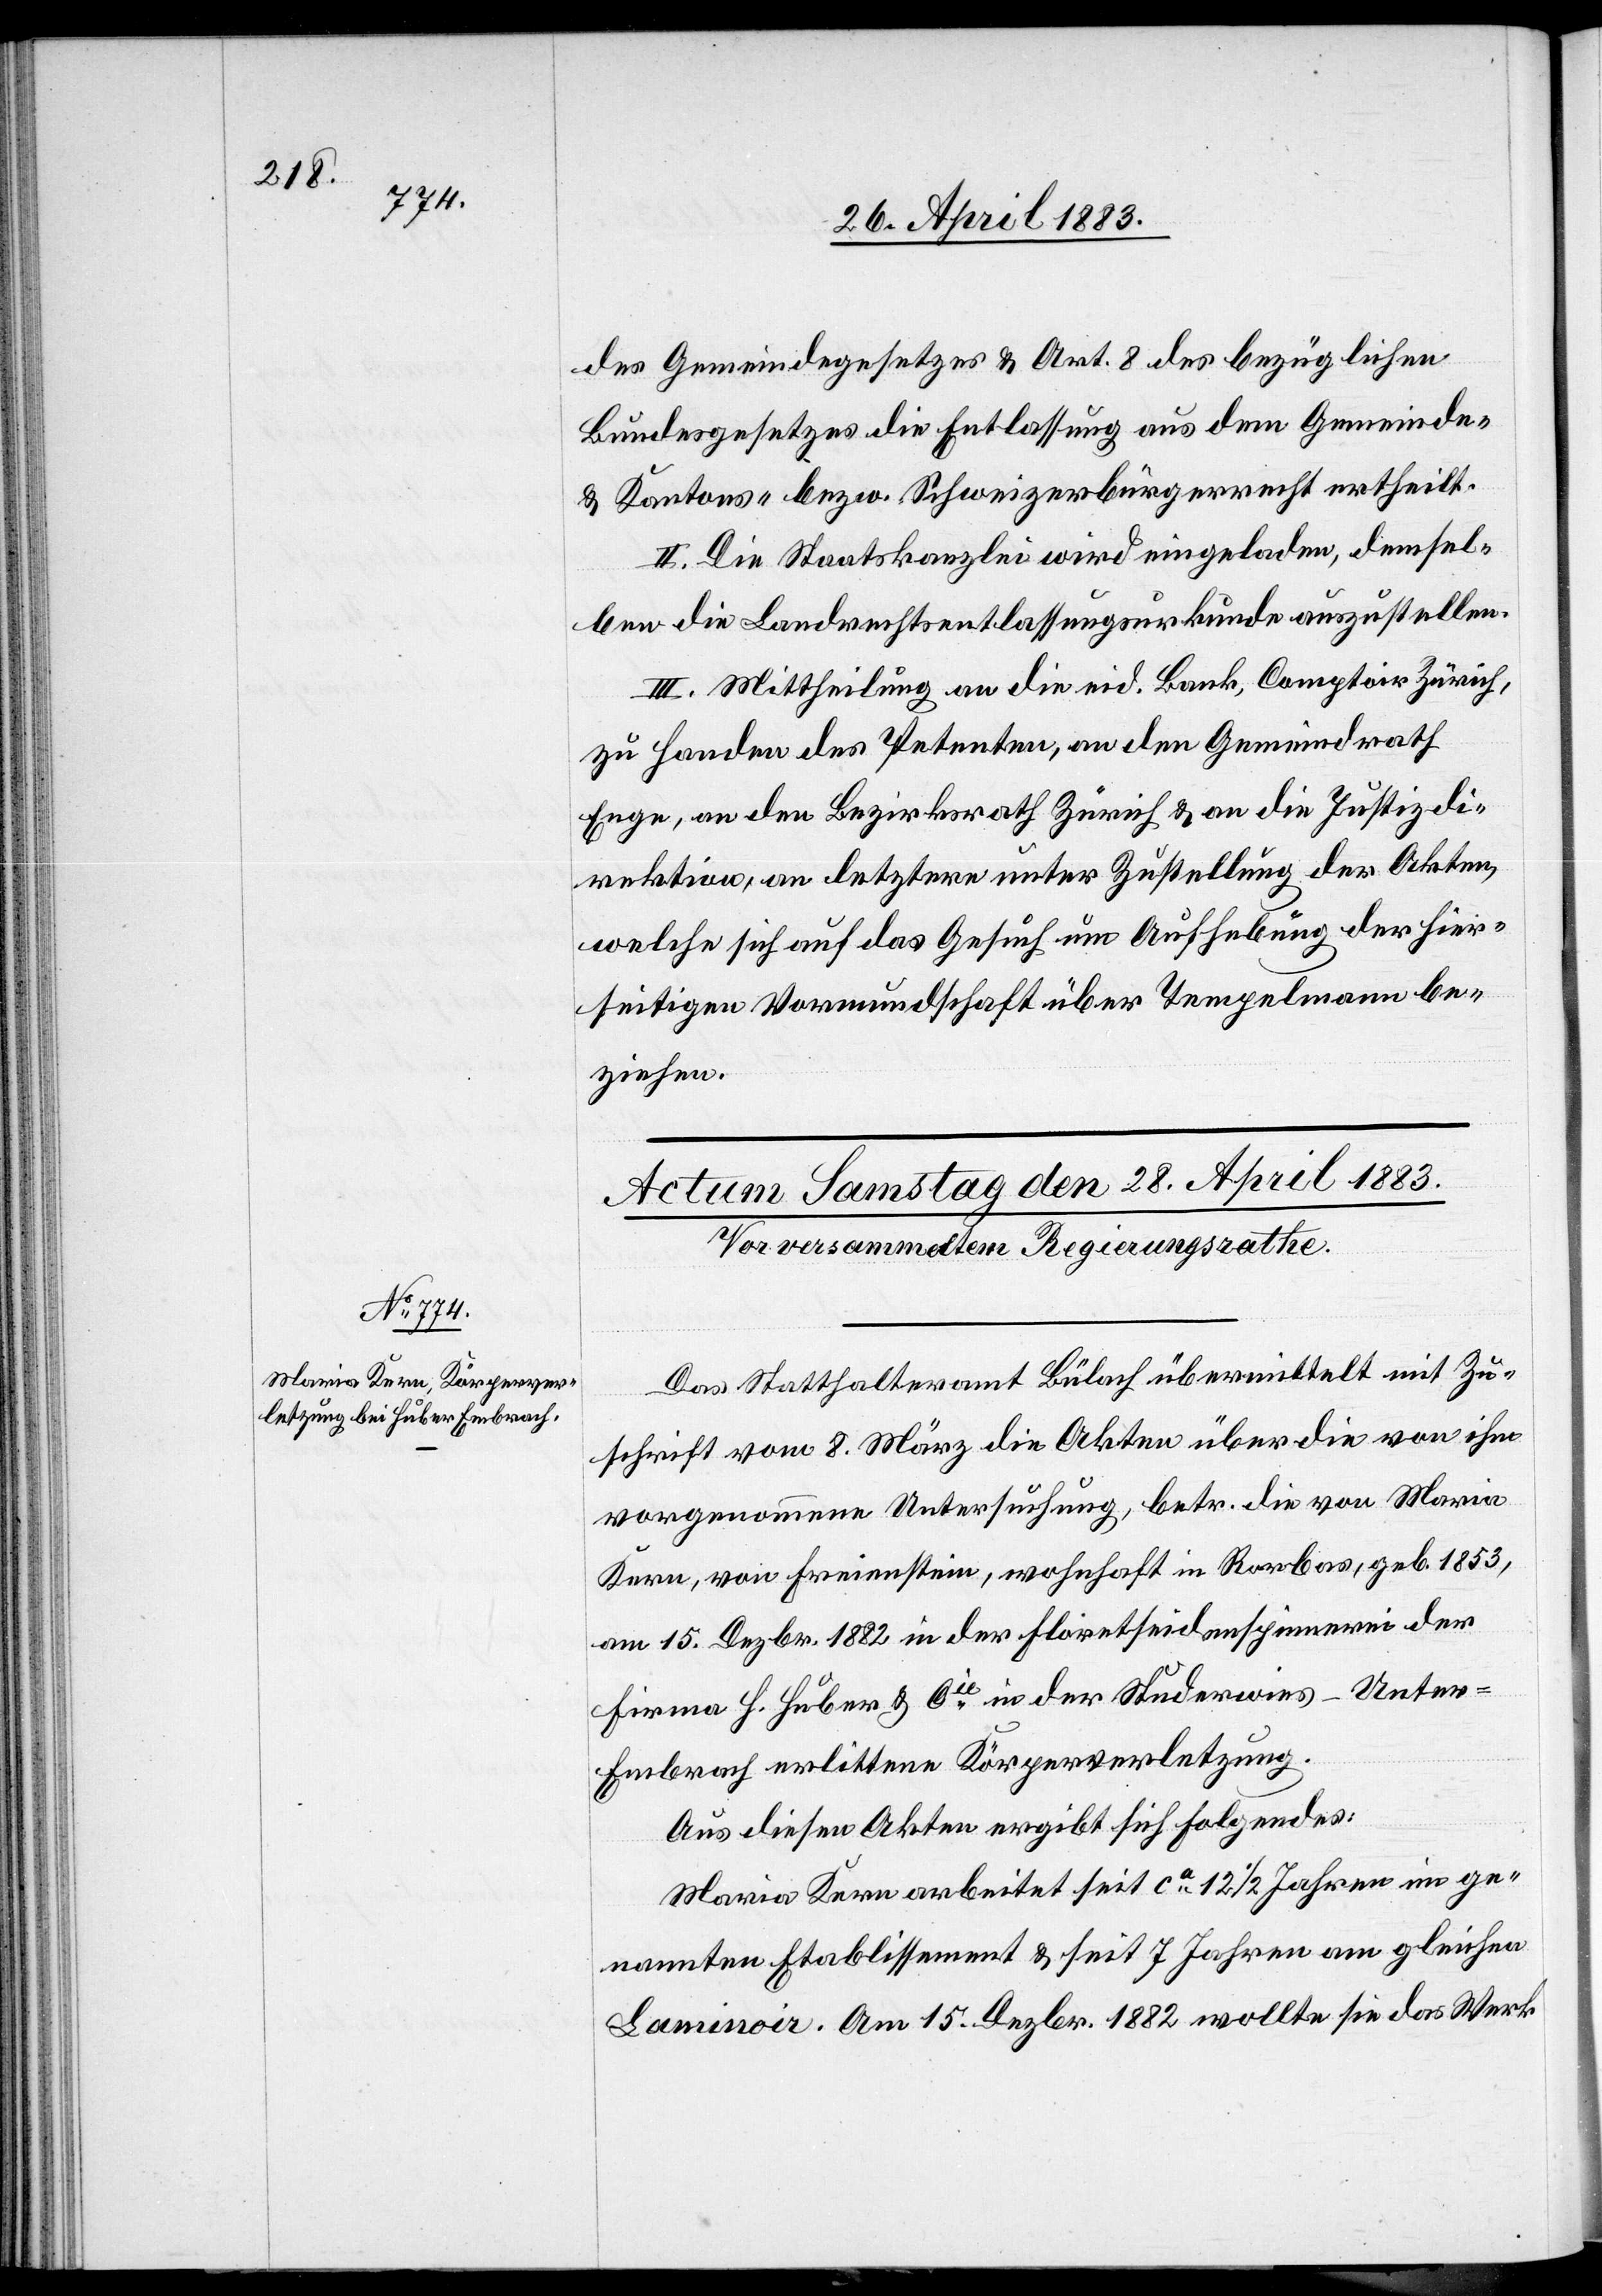
Polizeid¬

des Gemeindegesetzes & Art. 8 des bezüglichen
Bundesgesetzes die Entlassung aus dem Gemeinde-
& Kantons- bezw. Schweizerbürgerrecht ertheilt.
II. die Staatskanzlei wird eingeladen, demsel¬
ben die Landrechtsentlassungsurkunde auszustellen.
III. Mittheilung an die eid. Bank, Comptoir Zürich,
zu Handen des Petenten, an den Gemeindrath
Enge, an den Bezirksrath Zürich & an die Justiz- &
irektion, an letztere unter Zustellung der Akten,
welche sich auf das Gesuch um Aufhebung der hier¬
seitigen Vormundschaft über Tempelmann be¬
ziehen.
Das Statthalteramt Bülach übermittelt mit Zu¬
schrift vom 8. März die Akten über die von ihm
vorgenommene Untersuchung, betr. die von Maria
Kern, von Freienstein, wohnhaft in Rorbas, geb. 1853,
am 15. Dezbr. 1882 in der Floretseidenspinnerei der
Firma H. Huber & Cie in der Studerwies - Unte¬
r-Embrach erlittene Körperverletzung.
Aus diesen Akten ergibt sich Folgendes:
Maria Kern arbeitet seit ca 12 1/2 Jahren im ge¬
nannten Etablissement & seit 7 Jahren am gleichen
Laminoir. Am 15. Dezbr. 1882 wollte sie das Werk